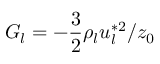
G _ { l } = - \frac { 3 } { 2 } \rho _ { l } u _ { l } ^ { * 2 } / z _ { 0 }